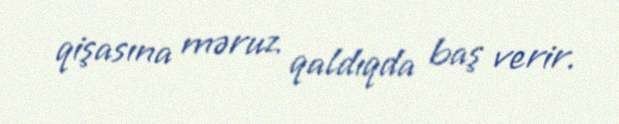
qişasına məruz qaldıqda baş verir.